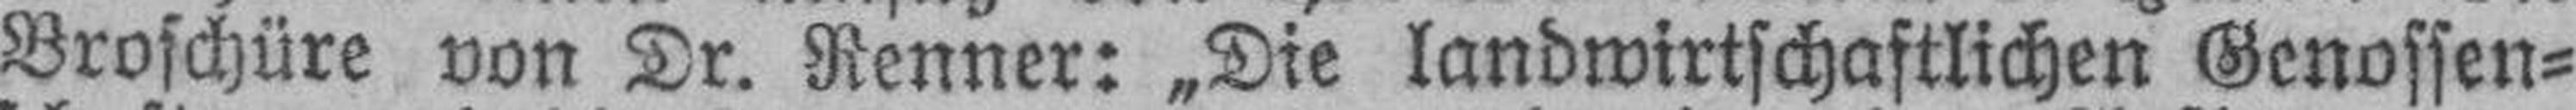
Broschüre von Dr. Renner: „Die landwirtschaftlichen Genossen¬